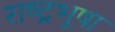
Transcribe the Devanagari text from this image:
राष्ट्रभूषा